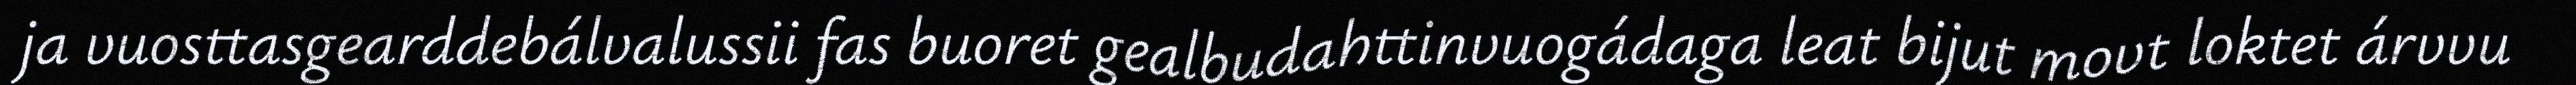
ja vuosttasgearddebálvalussii fas buoret gealbudahttinvuogádaga leat bijut movt loktet árvvu